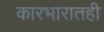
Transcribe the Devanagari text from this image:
कारभारातही